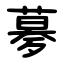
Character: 㱳